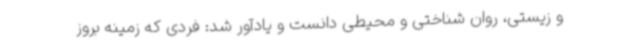
و زیستی، روان شناختی و محیطی دانست و یادآور شد: فردی که زمینه بروز